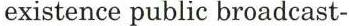
existence public broadcast-